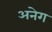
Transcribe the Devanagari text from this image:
अनेग